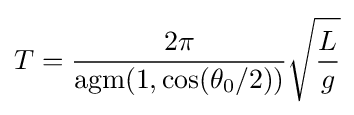
T={\frac {2\pi }{\operatorname {agm} (1,\cos(\theta _{0}/2))}}{\sqrt {\frac {L}{g}}}